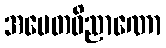
အပေတဝိညာဏော